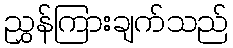
ညွှန်ကြားချက်သည်